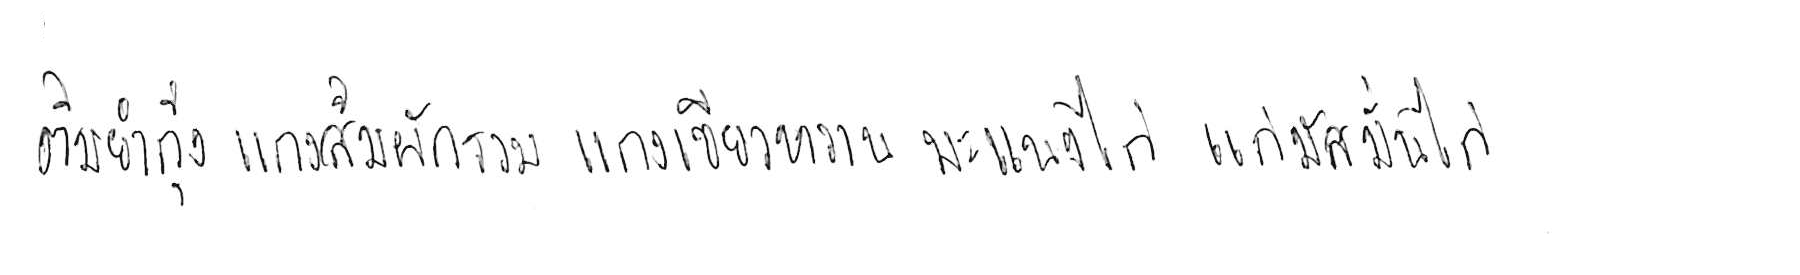
ต้มยำกุ้ง แกงส้มผักรวม แกงเขียวหวาน พะแนงไก่ แกงมัสมั่นไก่